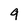
Character: 9